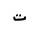
Letter: _ta